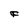
Character: F